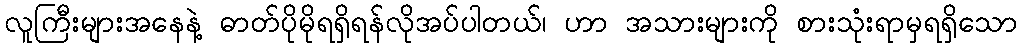
လူကြီးများအနေနဲ့ ဓာတ်ပိုမိုရရှိရန်လိုအပ်ပါတယ်၊ ဟာ အသားများကို စားသုံးရာမှရရှိသော